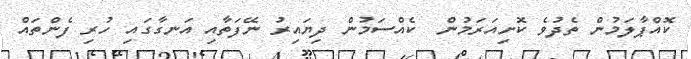
ކޮއްޕާލަމުން ތެދުވެ ކޮށިއަރަމުން  ކެއްސަމުން ދިޔައިރު ނޭފަތާއި އަނގާގައި ހުރި ފެންތައް